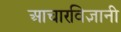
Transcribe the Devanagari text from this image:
आचारविज्ञानी